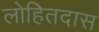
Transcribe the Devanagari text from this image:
लोहितदास